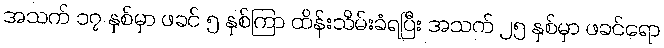
အသက် ၁၇ နှစ်မှာ ဖခင် ၅ နှစ်ကြာ ထိန်းသိမ်းခံရပြီး အသက် ၂၅ နှစ်မှာ ဖခင်ရော